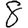
Digit: 8